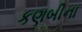
કણબીના